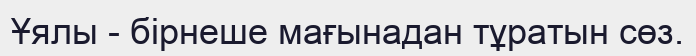
Ұялы - бірнеше мағынадан тұратын сөз.